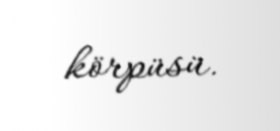
körpüsü.